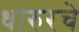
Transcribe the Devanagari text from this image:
धारुरचे